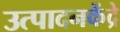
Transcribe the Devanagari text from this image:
उत्पादनकेंद्रे